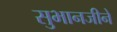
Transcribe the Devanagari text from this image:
सुभानजीने